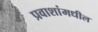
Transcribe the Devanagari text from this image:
प्रवाशांमधील